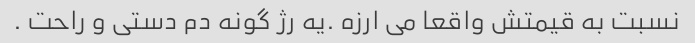
نسبت به قیمتش واقعا می ارزه .یه رژ گونه دم دستی و راحت .